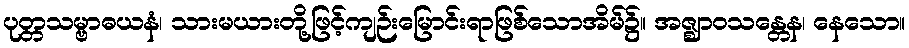
ပုတ္တသမ္ဗာဓယနံ၊ သားမယားတို့ဖြင့်ကျဉ်းမြောင်းရာဖြစ်သောအိမ်၌။ အဇ္ဈာဝသန္တေန၊ နေသော။